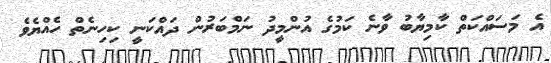
އެ މަސައްކަތް ކާމިޔާބު ވާނެ ކަމުގެ އުންމީދު ނަމްބަރުން ދައްކަނީ ކިހިނެތް ހެއްޔެވެ